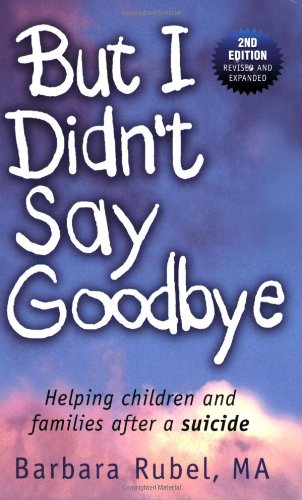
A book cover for But I Didn't Say Goodbye: Helping Children and Families After a Suicide; Barbara Rubel; Self-Help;